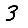
Digit: 3